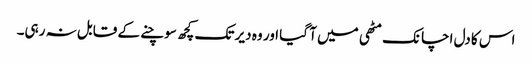
اس کا دل اچانک مٹھی میں آ گیا اور وہ دیر تک کچھ سوچنے کے قابل نہ رہی۔